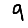
Digit: 9